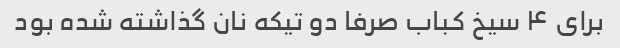
برای ۴ سیخ کباب صرفا دو تیکه نان گذاشته شده بود